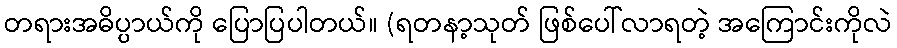
တရားအဓိပ္ပာယ်ကို ပြောပြပါတယ်။ (ရတနာ့သုတ် ဖြစ်ပေါ်လာရတဲ့ အကြောင်းကိုလဲ